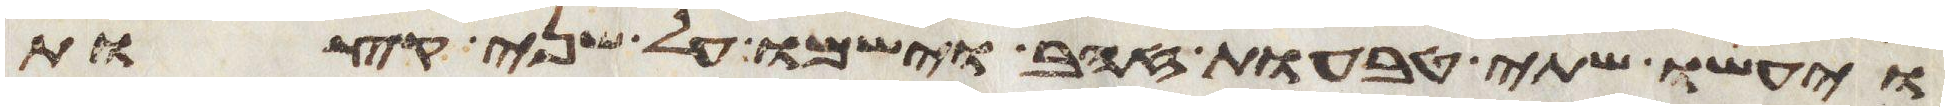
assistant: ויעשו שתי טבעות זהב וישמו על שני קצות